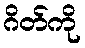
ဂိတ်ကို